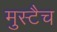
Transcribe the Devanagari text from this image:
मुस्टैच